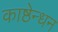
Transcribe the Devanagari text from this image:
काष्ठेन्धन